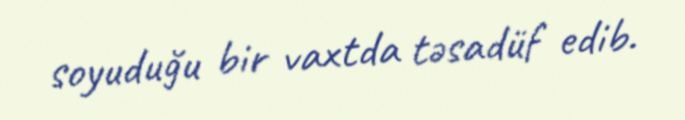
soyuduğu bir vaxtda təsadüf edib.